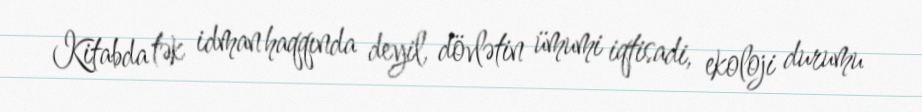
Kitabda tək idman haqqında deyil, dövlətin ümumi iqtisadi, ekoloji durumu